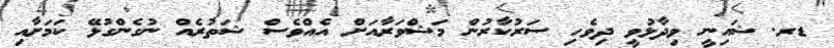
ޑރ. ޝައިނީ ވިދާޅުވީ ދިވެހި ސަރުކާރުން މަޝްވަރާއަށް އެއްވެސް ޝަތުރެއް ނުގެންގުޅޭ ކަމަށާއި